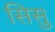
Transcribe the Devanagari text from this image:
सिसु